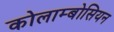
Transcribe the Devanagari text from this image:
कोलाम्बोसियन